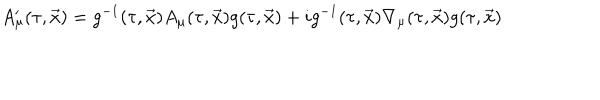
A _ { \mu } ^ { \prime } ( \tau , \vec { x } ) = g ^ { - 1 } ( \tau , \vec { x } ) A _ { \mu } ( \tau , \vec { x } ) g ( \tau , \vec { x } ) + i g ^ { - 1 } ( \tau , \vec { x } ) \nabla _ { \mu } ( \tau , \vec { x } ) g ( \tau , \vec { x } )